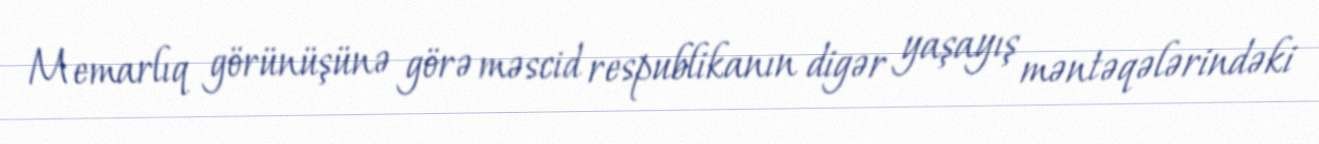
Memarlıq görünüşünə görə məscid respublikanın digər yaşayış məntəqələrindəki